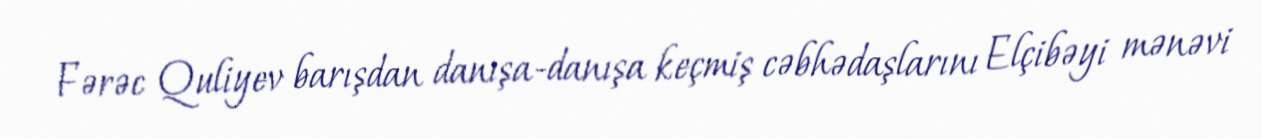
Fərəc Quliyev barışdan danışa-danışa keçmiş cəbhədaşlarını Elçibəyi mənəvi